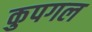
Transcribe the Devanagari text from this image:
कुपगल